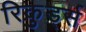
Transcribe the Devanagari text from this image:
रिकुर्ड्स